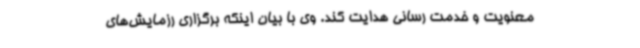
معنویت و خدمت رسانی هدایت کند. وی با بیان اینکه برگزاری رزمایش‌های